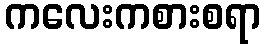
ကလေးကစားစရာ